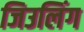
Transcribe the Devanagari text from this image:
जिउलिंग